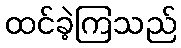
ထင်ခဲ့ကြသည်